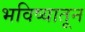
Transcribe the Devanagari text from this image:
भविष्यातून